Note on the mental hospitals in Burma - 1925-1940
Year: 1925
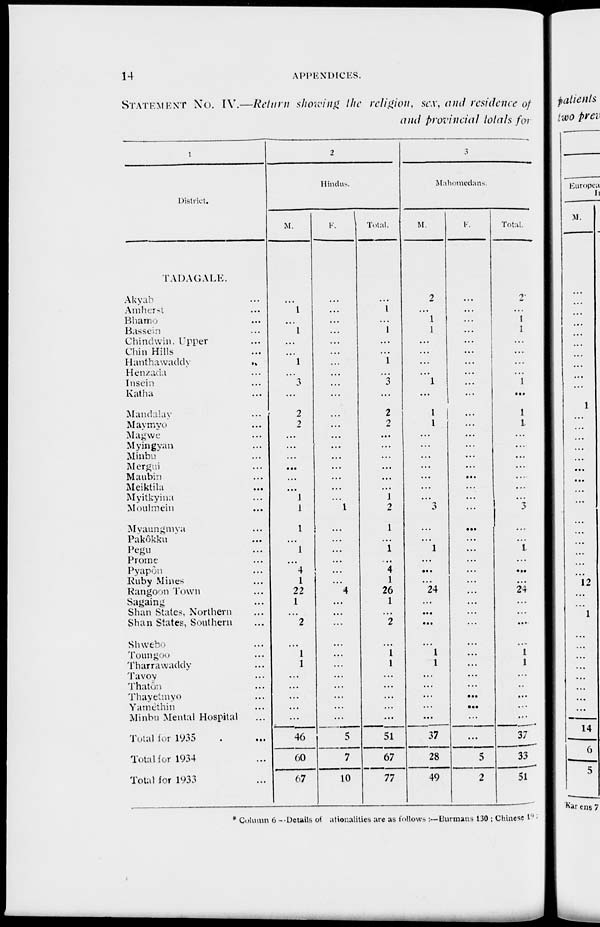
14
APPENDICES.
STATEMENT No. IV.—Return showing the religion, sex, and residence of
and provincial totals for
1
District.
TADAGALE.
Akyab ...
Amherst ...
Bhamo ...
Bassein ...
Chindwin Upper ...
Chin Hills ...
Hanthawaddy
...
Henzada ...
Insein ...
Katha ...
Mandalay ...
Maymyo ...
Magwe ...
Myingyan ...
Minbu ...
Mergui ...
Maubin ...
Meiktila ...
Myitkyina ...
Moulmein ...
Myaungmya ...
Pakôkku ...
Pegu ...
Prome ...
Pyapôn ...
Ruby Mines ...
Rangoon Town ...
Sagaing ...
Shan States, Northern ...
Shan States, Southern ...
Shwebo ...
Toungoo ...
Tharrawaddy ...
Tavoy ...
Thatôn ...
Thayetmyo ...
Yamèthin ...
Minbu Mental Hospital ...
Total for 1935 ...
Total for 1934 ...
Total for 1933 ...
2
Hindus.
M.
...
1
...
1
...
...
1
...
3
...
2
2
...
...
...
...
...
...
1
1
1
...
1
...
4
1
22
1
...
2
...
1
1
...
...
...
...
...
46
60
67
F.
...
...
...
...
...
...
...
...
...
...
...
...
...
...
...
...
...
...
...
1
...
...
...
...
...
...
4
...
...
...
...
...
...
...
...
...
...
...
5
7
10
Total.
...
1
...
1
...
...
1
...
3
...
2
2
...
...
...
...
...
...
1
2
1
...
1
...
4
1
26
1
...
2
...
1
1
...
...
...
...
...
51
67
77
3
Mahomedans.
M.
2
...
1
1
...
...
...
...
1
...
1
1
...
...
...
...
...
...
...
3
...
...
1
...
...
...
24
...
...
...
...
1
1
...
...
...
...
...
37
28
49
F.
...
...
...
...
...
...
...
...
...
...
...
...
...
...
...
...
...
...
...
...
...
...
...
...
...
...
...
...
...
...
...
...
...
...
...
...
...
...
...
5
2
Total.
2
...
1
1
...
...
...
...
1
...
1
1
...
...
...
...
...
...
...
3
...
...
1
...
...
...
24
...
...
...
...
1
1
...
...
...
...
...
37
33
51
* Column 6 —Details of ationalities are as follows :— Burmans 130 ; Chinese 19 ;